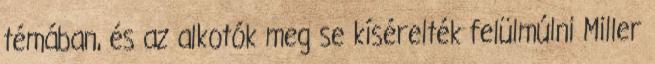
témában, és az alkotók meg se kísérelték felülmúlni Miller